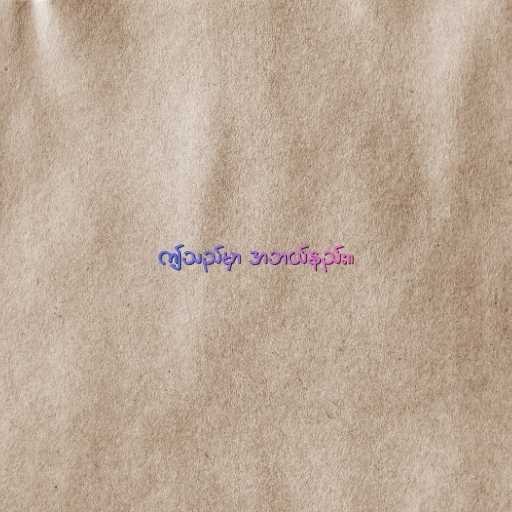
ဤသည်မှာ အဘယ်နည်း။